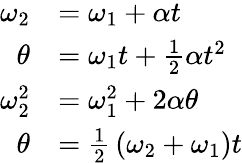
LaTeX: {\begin{array}{rl}{\omega_{2}}&{=\omega_{1}+\alpha t}\\ {\theta}&{=\omega_{1}t+{\frac{1}{2}}\alpha t^{2}}\\ {\omega_{2}^{2}}&{=\omega_{1}^{2}+2\alpha\theta}\\ {\theta}&{={\frac{1}{2}}\left(\omega_{2}+\omega_{1}\right)t}\end{array}}